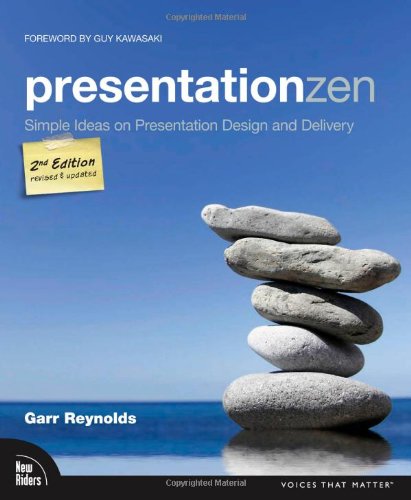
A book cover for Presentation Zen: Simple Ideas on Presentation Design and Delivery (2nd Edition) (Voices That Matter); Garr Reynolds; Business & Money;